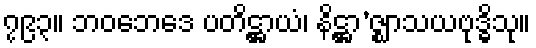
၇၉၃။ ဘဝဘေဒေ ပတိဋ္ဌာယံ၊ နိဋ္ဌာ’ဇ္ဈာသယဗုဒ္ဓိသု။